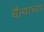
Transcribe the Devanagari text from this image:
चैत्याच्या